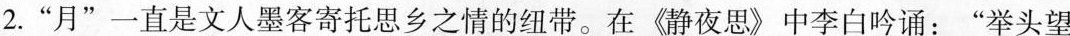
2. “月” 一直是文人墨客寄托思乡之情的纽带。在《静夜思》中李白吟诵：“举头望